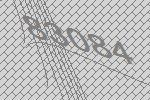
83084